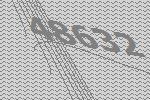
48632